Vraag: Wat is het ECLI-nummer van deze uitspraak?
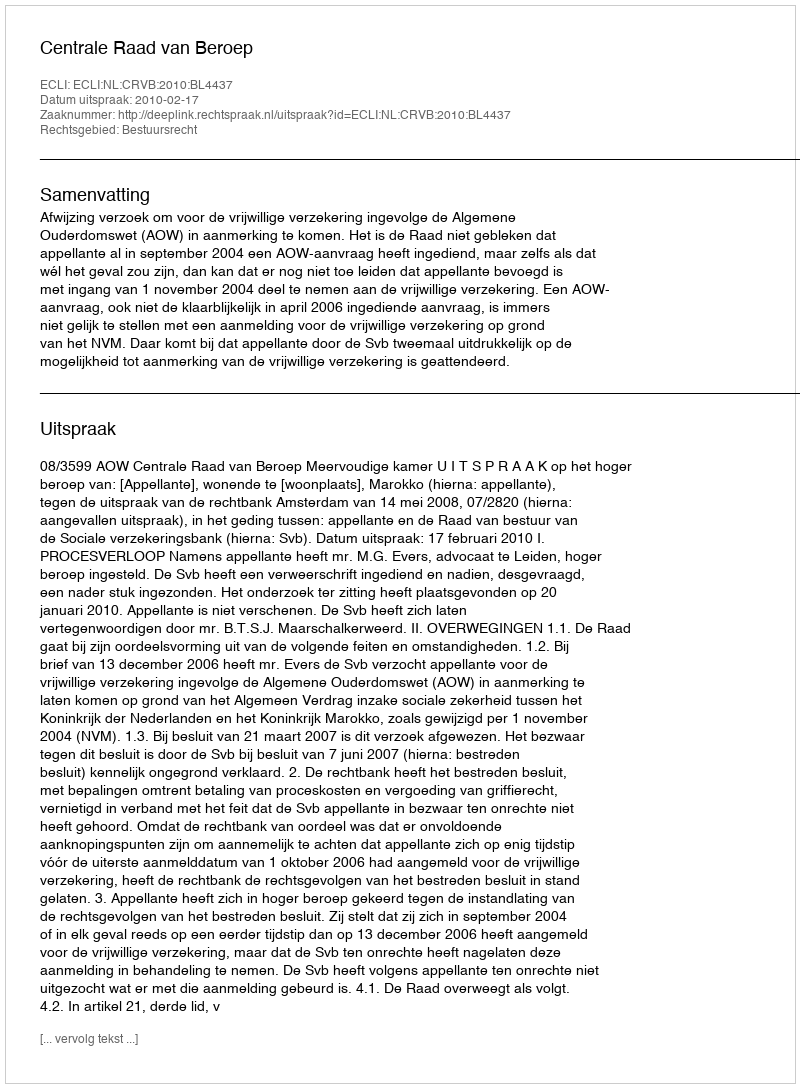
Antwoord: ECLI:NL:CRVB:2010:BL4437